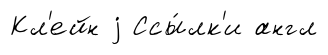
Кл'ейн j Ссы́лк'и англ